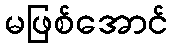
မဖြစ်အောင်